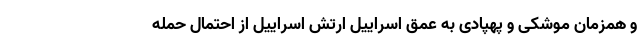
و همزمان موشکی و پهپادی به عمق اسراییل ارتش اسراییل از احتمال حمله